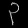
Digit: ၃